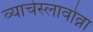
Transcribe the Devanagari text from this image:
व्याचेस्लावोव्ना